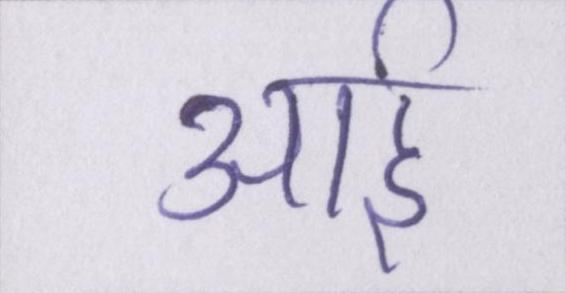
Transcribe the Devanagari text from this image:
आई